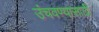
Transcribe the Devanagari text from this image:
उंचवण्यासाठी